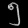
Digit: ၅